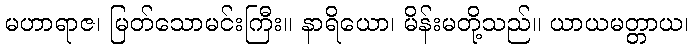
မဟာရာဇ၊ မြတ်သောမင်းကြီး။ နာရိယော၊ မိန်းမတို့သည်။ ယာယမတ္တာယ၊